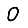
Digit: 0